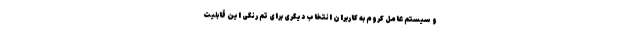
و سیستم عامل کروم به کاربران انتخاب دیگری برای تم رنگی این قابلیت